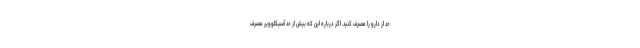
حد از دارو را مصرف کنید. اگر درباره این که بیش از حد آسیکلوویر مصرف